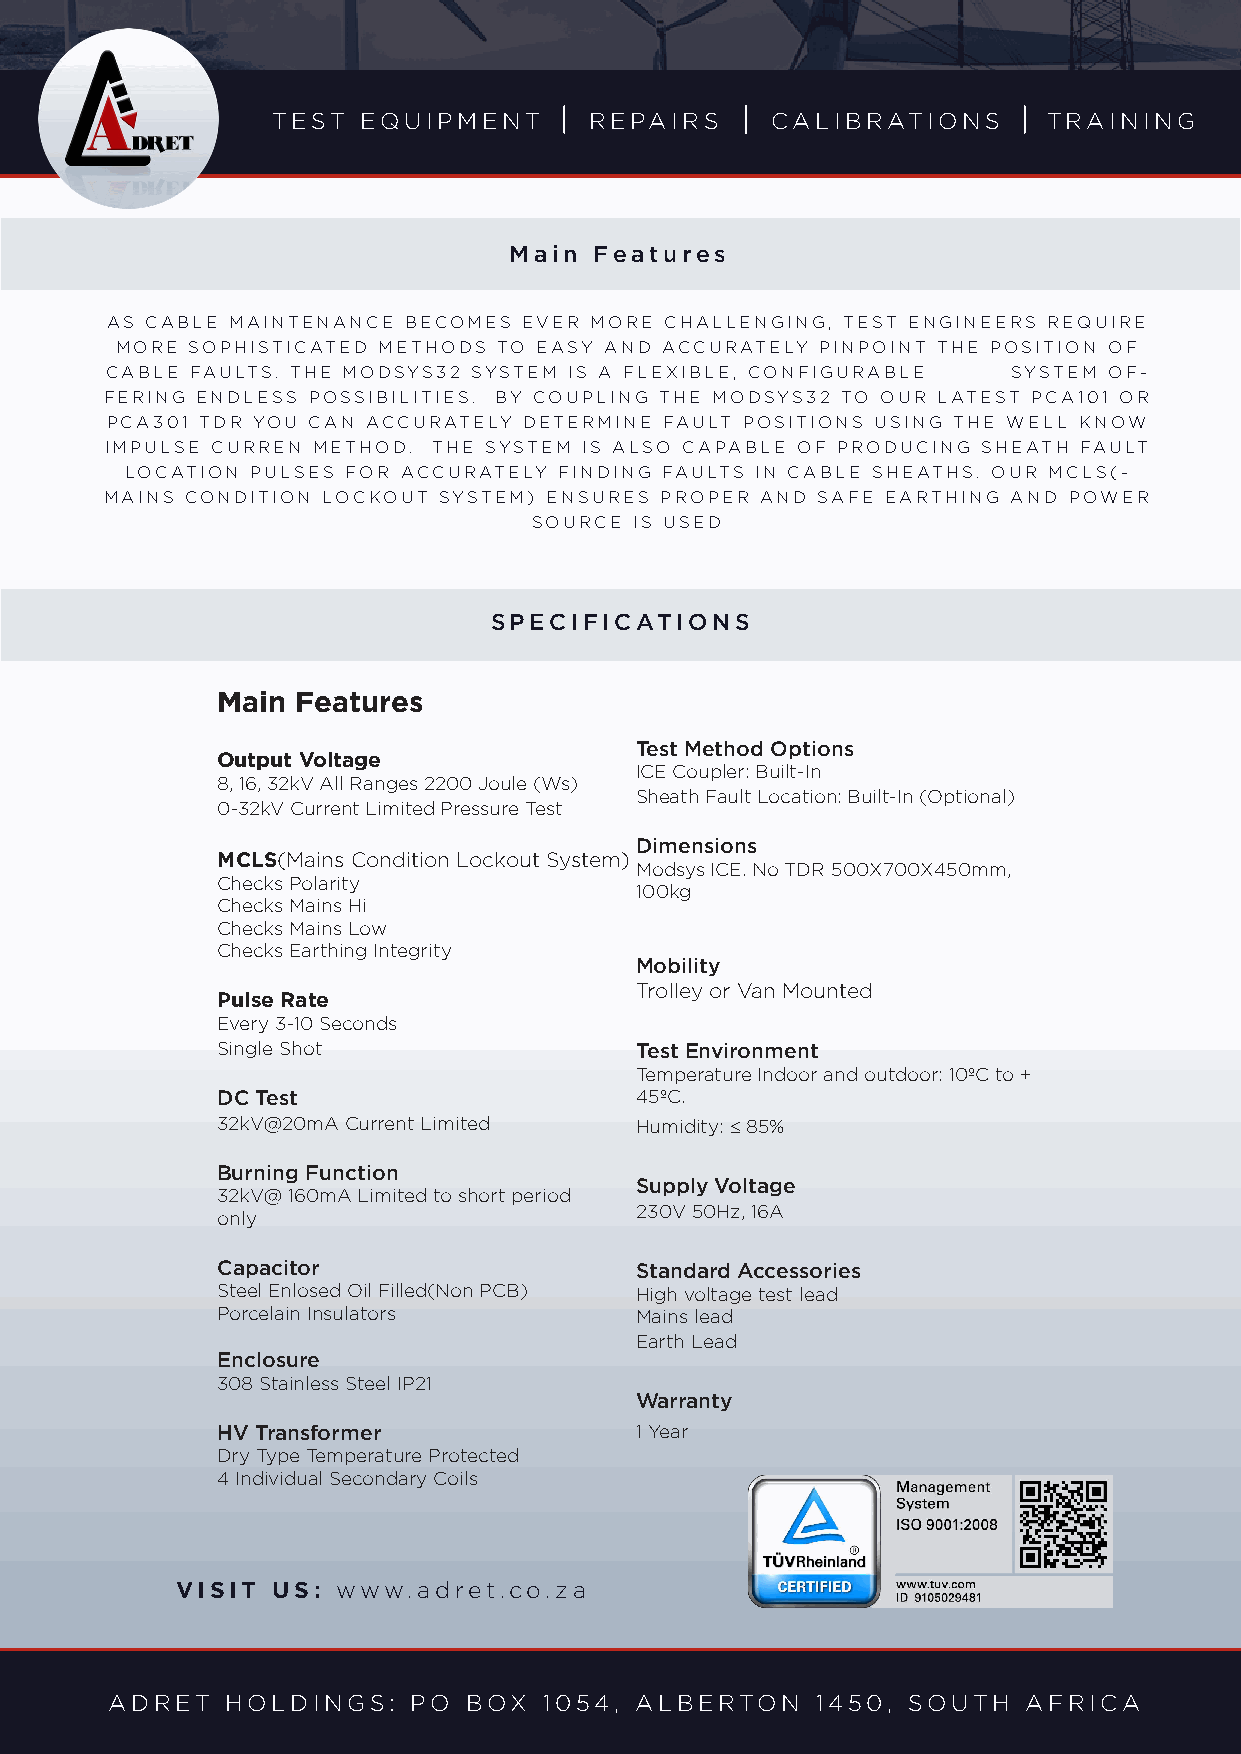
TEST  EQUIPMENT      REPAIRS     CALIBRATIONS      TRAINING
 Main Features
 AS CABLE MAINTENANCE BECOMES EVER MORE CHALLENGING, TEST ENGINEERS REQUIRE
 MORE SOPHISTICATED METHODS TO EASY AND ACCURATELY PINPOINT THE POSITION OF
 CABLE FAULTS. THE MODSYS32 SYSTEM IS A FLEXIBLE, CONFIGURABLE SYSTEM OF-
 FERING ENDLESS POSSIBILITIES. BY COUPLING THE MODSYS32 TO OUR LATEST PCA101 OR
 PCA301 TDR YOU CAN ACCURATELY DETERMINE FAULT POSITIONS USING THE WELL KNOW
 IMPULSE CURREN METHOD. THE SYSTEM IS ALSO CAPABLE OF PRODUCING SHEATH FAULT
 LOCATION PULSES FOR ACCURATELY FINDING FAULTS IN CABLE SHEATHS. OUR MCLS(-
 MAINS CONDITION LOCKOUT SYSTEM) ENSURES PROPER AND SAFE EARTHING AND POWER
 SOURCE IS USED
 SPECIFICATIONS
 Main  Features
 Test Method Options
 Output Voltage
 ICE Coupler: Built-In
 8, 16, 32kV All Ranges 2200 Joule (Ws)
 Sheath Fault Location: Built-In (Optional)
 0-32kV Current Limited Pressure Test
 Dimensions
 MCLS(Mains Condition Lockout System)
 Modsys ICE. No TDR 500X700X450mm,
 Checks Polarity
 100kg
 Checks Mains Hi
 Checks Mains Low
 Checks Earthing Integrity
 Mobility
 Trolley or Van Mounted
 Pulse Rate
 Every 3-10 Seconds
 Single Shot                 Test Environment
 Temperature Indoor and outdoor: 10ºC to +
 DC Test                     45ºC.
 32kV@20mA Current Limited   Humidity: ≤ 85%
 Burning Function
 Supply Voltage
 32kV@ 160mA Limited to short period
 230V 50Hz, 16A
 only
 Capacitor                   Standard Accessories
 Steel Enlosed Oil Filled(Non PCB) High voltage test lead
 Porcelain Insulators        Mains lead
 Earth Lead
 Enclosure
 308 Stainless Steel IP21
 Warranty
 HV Transformer              1 Year
 Dry Type Temperature Protected
 4 Individual Secondary Coils
 VISIT US: www.adret.co.za
 ADRET   HOLDINGS:   PO  BOX  1054, ALBERTON    1450, SOUTH   AFRICA